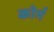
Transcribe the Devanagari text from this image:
कोर्ग